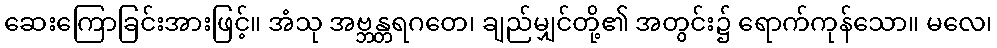
ဆေးကြောခြင်းအားဖြင့်။ အံသု အဗ္ဘန္တရဂတေ၊ ချည်မျှင်တို့၏ အတွင်း၌ ရောက်ကုန်သော။ မလေ၊